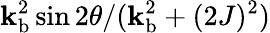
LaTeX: {\mathbf{k}_{\mathrm{{b}}}^{2}\sin2\theta}/({\mathbf{k}_{\mathrm{{b}}}^{2}+(2J)^{2}})